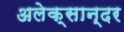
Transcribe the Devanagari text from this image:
अलेक्सान्दर